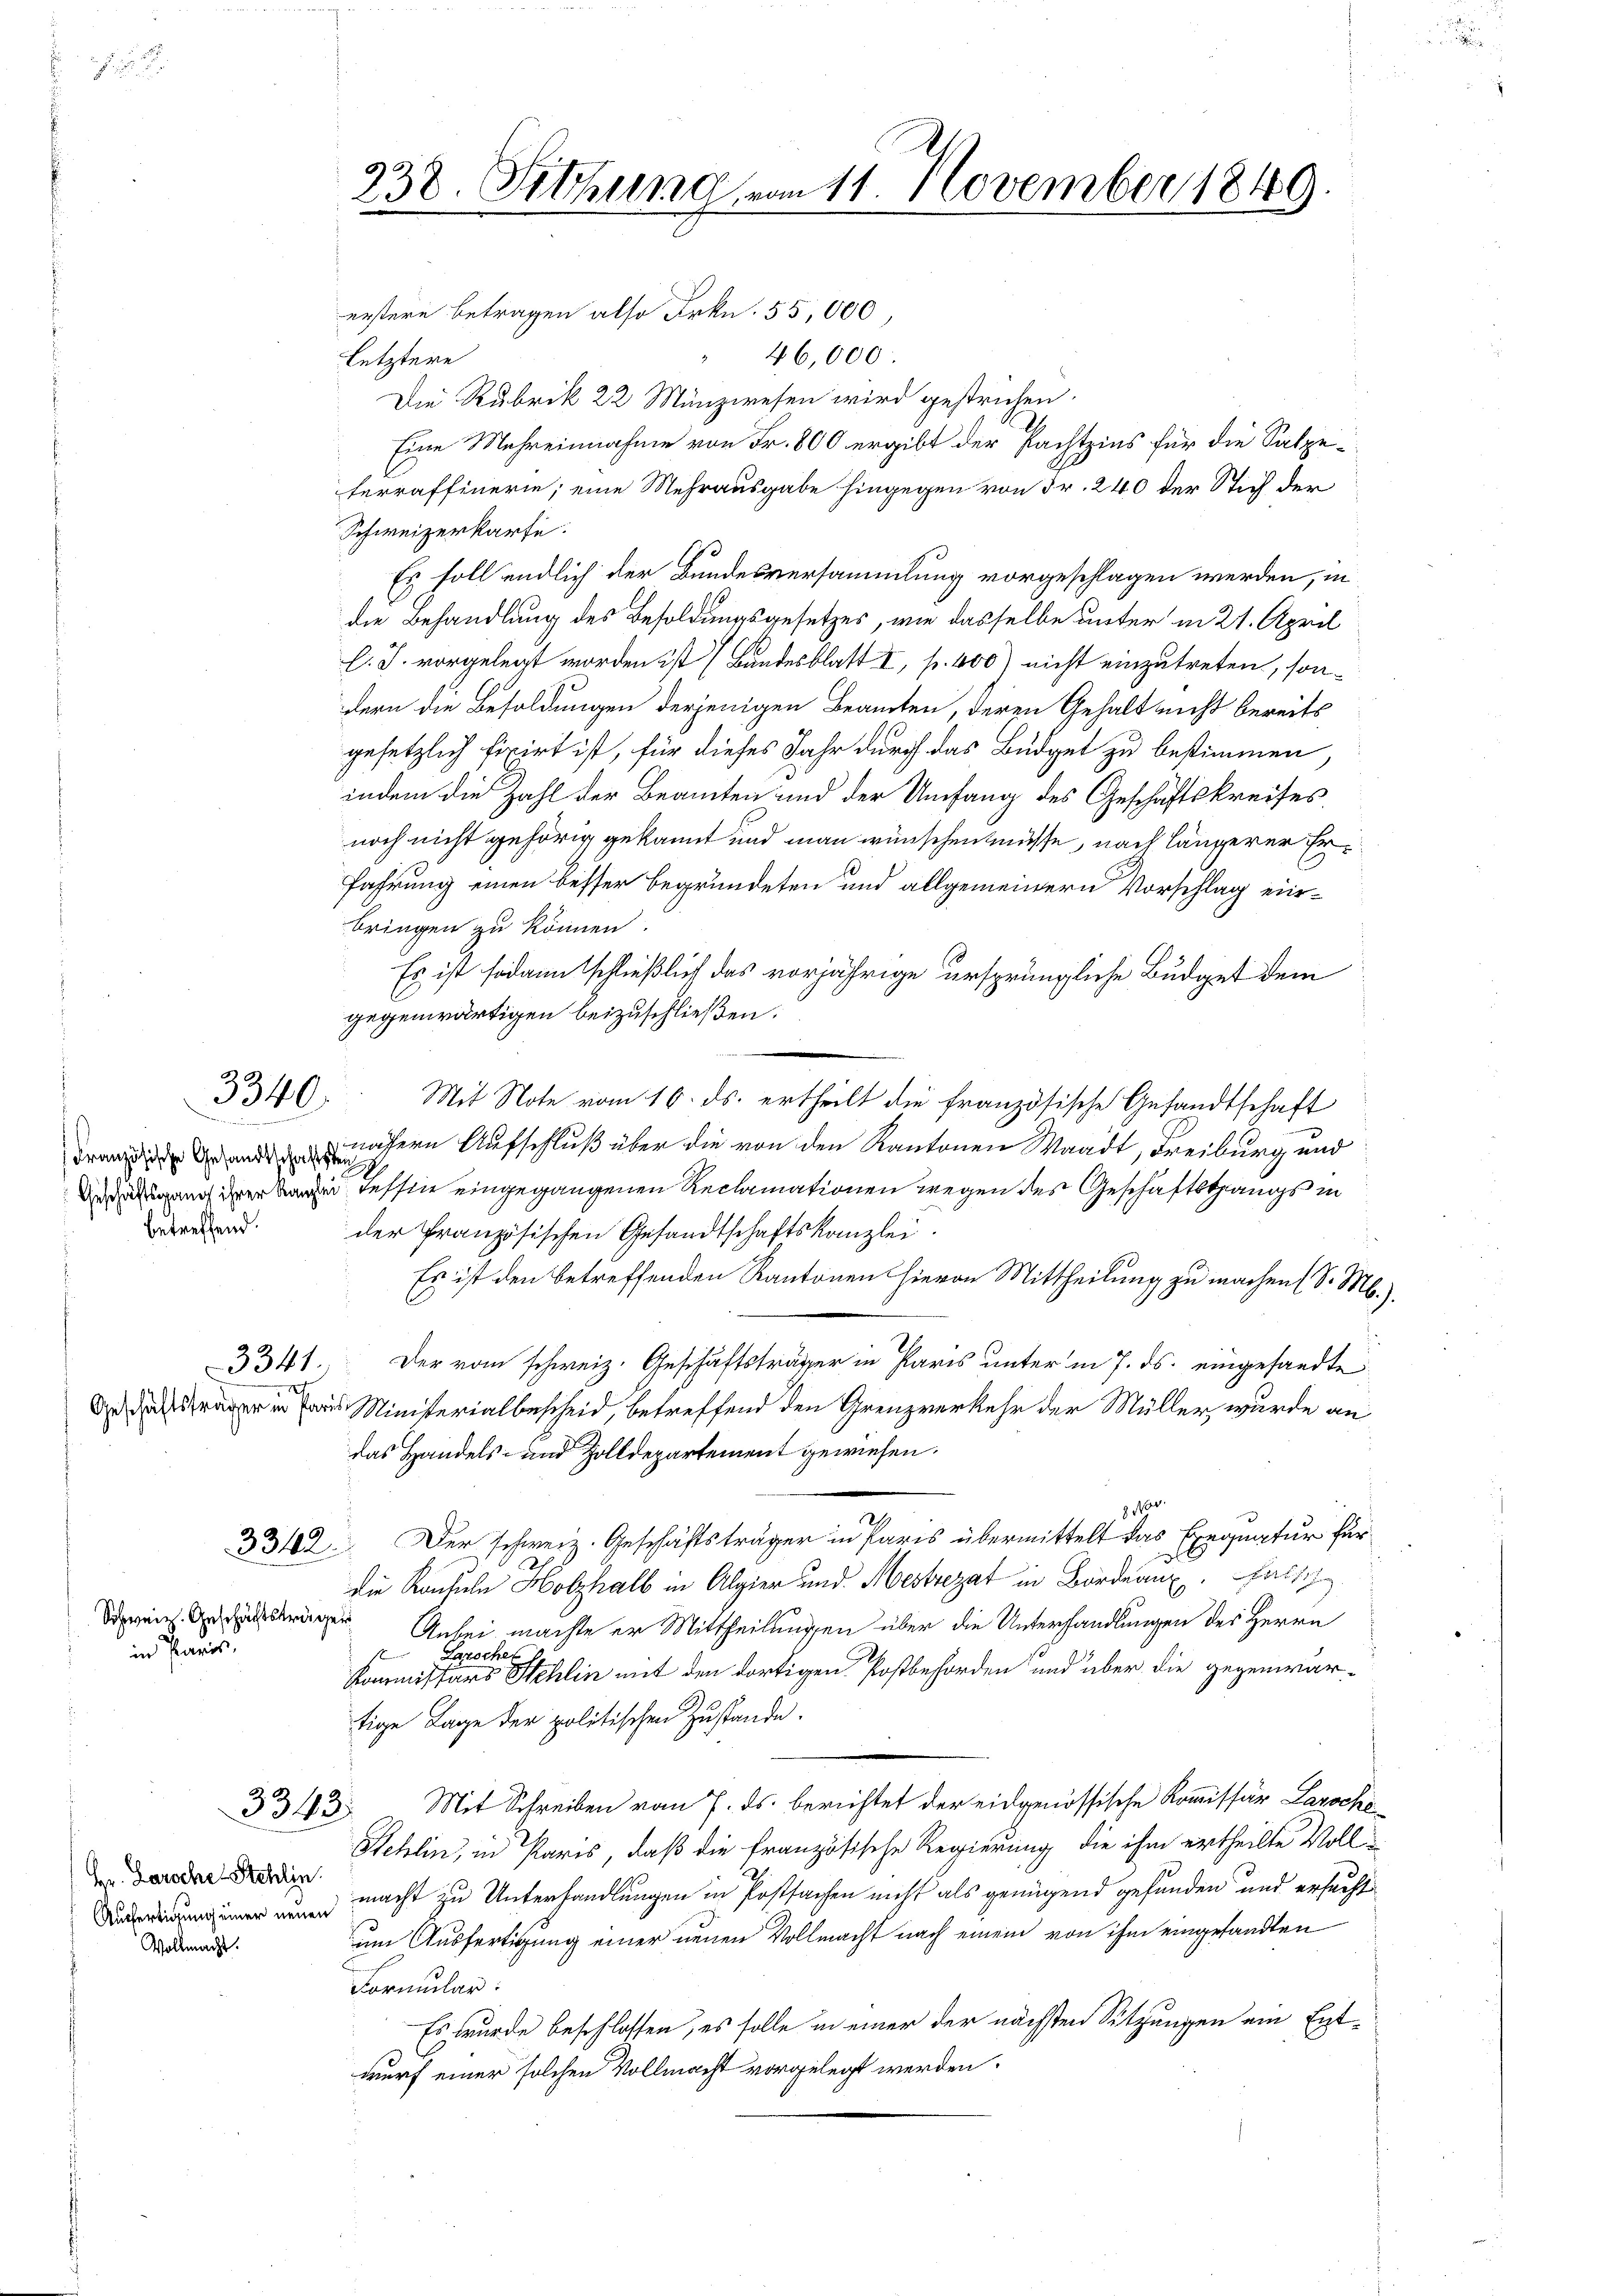
betreffend.

Schweiz. Geschäftsträger
in Paris

Vollmacht.

3340.
R

ri

3343

Hr. Laroche Stehlin.

erstere Betragen also Frkn. 55,000
46,000.
letztere
Die Rubrik 22 Münzwesen wird gestrichen.
Eine Mehreinnahme von Fr. 800 ergibt der Pachtzins für die Salzeterraffinerie; eine Mehrausgabe hingegen von Fr. 240 der Stich der
Schweizerkarte.
Es soll endlich der Bundesversammlung vorgeschlagen werden, in
die Behandlung des Besoldungsgesetzes, wie dasselbe unter in 21. April
l. J. vorgelegt worden ist (Bandesblatt I, p. 400) nicht einzutreten, sondern die Besoldungen derjenigen Beamten, deren Gehalt nicht bereits
gesetzlich firirt ist, für dieses Jahr durch das Büdget zu bestimmen
indem die Zahl der Beamten und der Umfang des Geschäftskreises
noch nicht gehörig gekannt und man wünschen müsse, nach längerer Erfahrung einen besser begründeten und allgemeinern Vorschlag einbringen zu können.
Es ist sodann schließlich das vorjährige ursprüngliche Budget dem
gegenwärtigen beizuschließen.
Mit Note vom 16. ds. ertheilt die französische Gesandtschaft
Franz annähern Aufschluß über die von den Kantonen Waadt, Freiburg und
 Tessine eingegangenen Reclamationen wegen des Geschäftstangs in
der französischen Gesandtschaftskanzlei.
Es ist den betreffenden Kantonen hievon Mittheilung zu machen (S. M.
s
3341. Der vom schweiz. Geschäftsträger in Paris unter in 7. ds. eingesandte
 Ministerialbescheid, betreffend den Grenzverkehr der Müller, wurde an
das Handels- und Zolldepartement gewiesen.
8100.
3342. Der schweiz. Geschäftsträger in Paris übermittelt das Exequatur für
die Konsele Holzhalb in Algier und Mestrezat in Bord. Fast
Anbei machte er Mittheilungen über die Unterhandlungen des Herrn
Larochen
s
Kommissärs Schlin mit den dortigen Postbehörden und über die gegenwärtige Lage der politischen Zustande.
Mit Schreiben vom 7. ds. berichtet der eidgenössische Kommissär Laroche
Schlin, in Paris, daß die französische Regierung die ihm ertheilte Voll-
 macht zu Unterhandlungen in Postsachen nicht als genügend gefunden und ersucht
um Ausfertigung einer neuen Vollmacht nach einem von ihm eingesandten
Formular:
Es wurde beschlossen, es solle in einer der nächsten Sitzungen ein Entwurf einer solchen Vollmacht vorgelegt werden.

238. Sitzung vom 11. November 1849

.